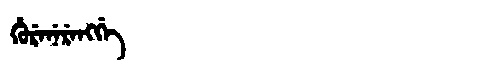
Manchu: ᡥᡠᡵᡝᠨᡝᡵᡝᠩᡤᡝ
Romanization: HURENERENGGE